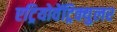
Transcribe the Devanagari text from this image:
एट्रियोवेंट्रिक्युलर